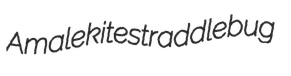
Amalekite straddlebug